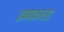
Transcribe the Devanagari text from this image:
डब्याकरता